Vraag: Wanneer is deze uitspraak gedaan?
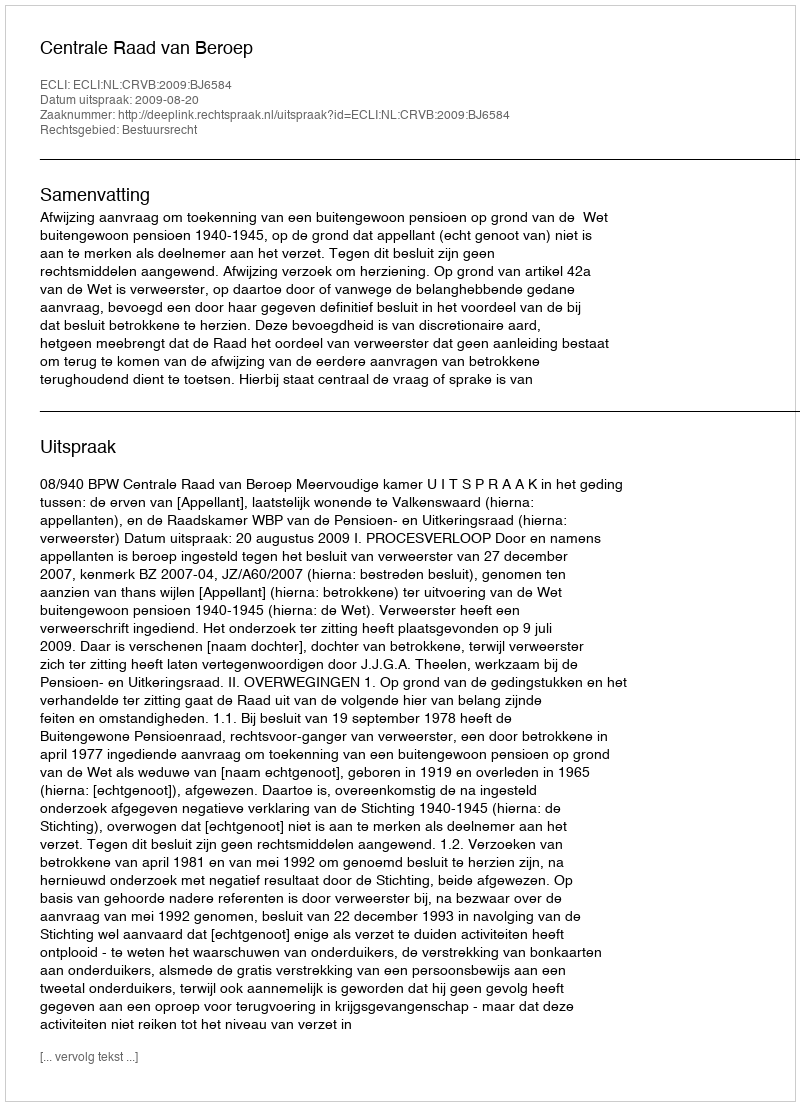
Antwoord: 2009-08-20